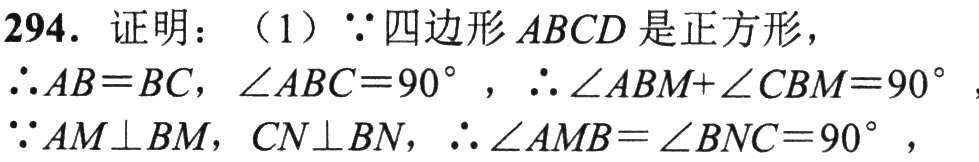
294. 证明：（1）$\because$四边形$ABCD$是正方形，

$\therefore AB = BC$，$\angle ABC = 90^{\circ}$，$\therefore \angle ABM+\angle CBM = 90^{\circ}$，

$\because AM\perp BM$，$CN\perp BN$，$\therefore \angle AMB=\angle BNC = 90^{\circ}$，